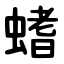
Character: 螧